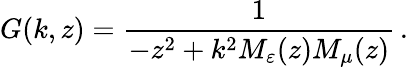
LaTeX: G(k,z)=\frac{1}{-z^{2}+k^{2}M_{\varepsilon}(z)M_{\mu}(z)}\, .